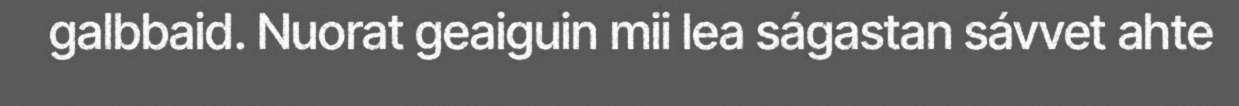
galbbaid. Nuorat geaiguin mii lea ságastan sávvet ahte